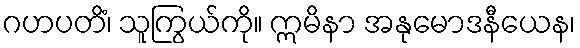
ဂဟပတိံ၊ သူကြွယ်ကို။ ဣမိနာ အနုမောဒနီယေန၊